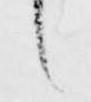
言